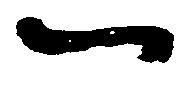
一